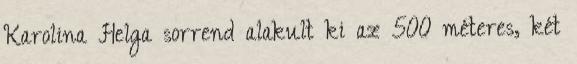
Karolina Helga sorrend alakult ki az 500 méteres, két